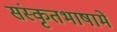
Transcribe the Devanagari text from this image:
संस्कृतभाषामें